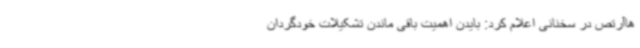
هاآرتص در سخنانی اعلام کرد: بایدن اهمیت باقی ماندن تشکیلات خودگردان